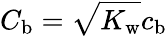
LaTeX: {C_{\mathrm{b}}=\sqrt{K_{\mathrm{w}}}c_{\mathrm{b}}}